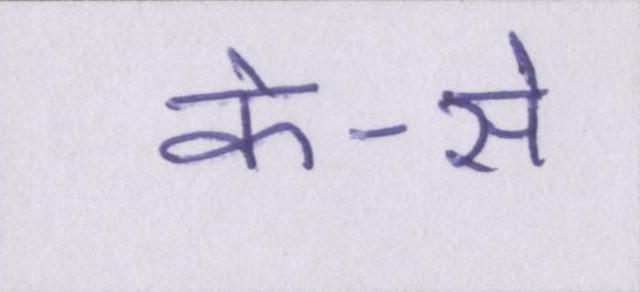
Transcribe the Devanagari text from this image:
के-से